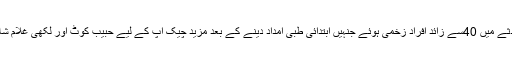
ٹرین میں 520 مسافر موجود تھے ، حادثے میں 40سے زائد افراد زخمی ہوئے جنہیں ابتدائی طبی امداد دینے کے بعد مزید چیک اپ کے لیے حبیب کوٹ اور لکھی غلام شاہ کے اسپتالوں میں منتقل کر دیا گیا ہے ۔